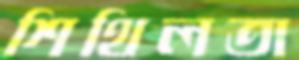
শিথিলতা